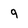
Character: 9